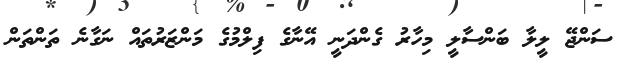
ސަންޖޭ ލީލާ ބަންސާލީ މިހާރު ގެންދަނީ އޭނާގެ ފިލްމުގެ މަންޒަރުތައް ނަގާނެ ތަންތަން